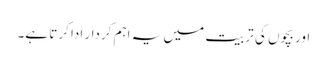
اور بچوں کی تربیت میں یہ اہم کردار ادا کرتا ہے۔